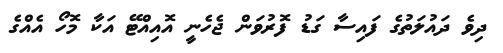
ދިވެ ދައުލަތުގެ ފައިސާ ގަޑު ފޮރުވަން ޖެހެނީ އޮއިއްޓޭ އަކާ މޮހޯ އެއްގެ